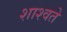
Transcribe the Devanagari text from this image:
शाश्वते